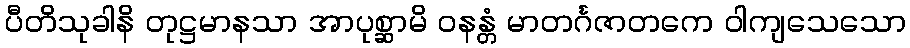
ပီတိသုခါနိ တုဋ္ဌမာနသာ အာပုစ္ဆာမိ ဝနန္တံ မာတင်္ဂဇာတကေ ဝါကျသေသော